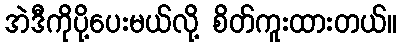
အဲဒီကိုပို့ပေးမယ်လို့ စိတ်ကူးထားတယ်။